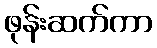
ဖုန်းဆက်ကာ